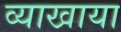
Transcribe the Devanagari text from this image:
व्याखाया